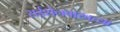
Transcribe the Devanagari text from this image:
राईशेनबाखच्या